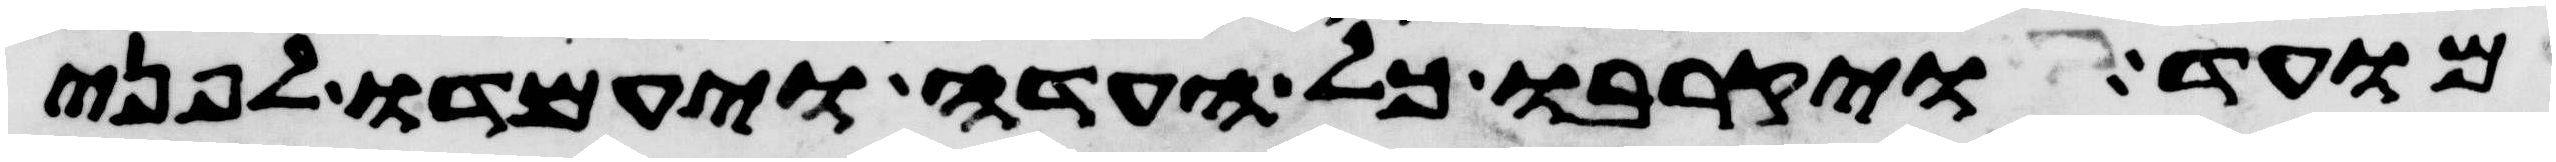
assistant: מועד ויקרבו כל העדה ויעמדו לפני